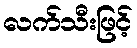
လက်သီးဖြင့်